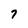
Character: 7